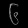
Digit: ၆